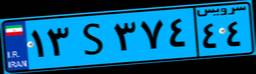
۳۱S۶۲۵۷۸